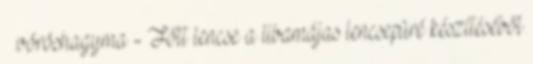
¼ vöröshagyma - Főtt lencse a libamájas lencsepüré készítéséből